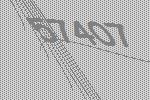
57407